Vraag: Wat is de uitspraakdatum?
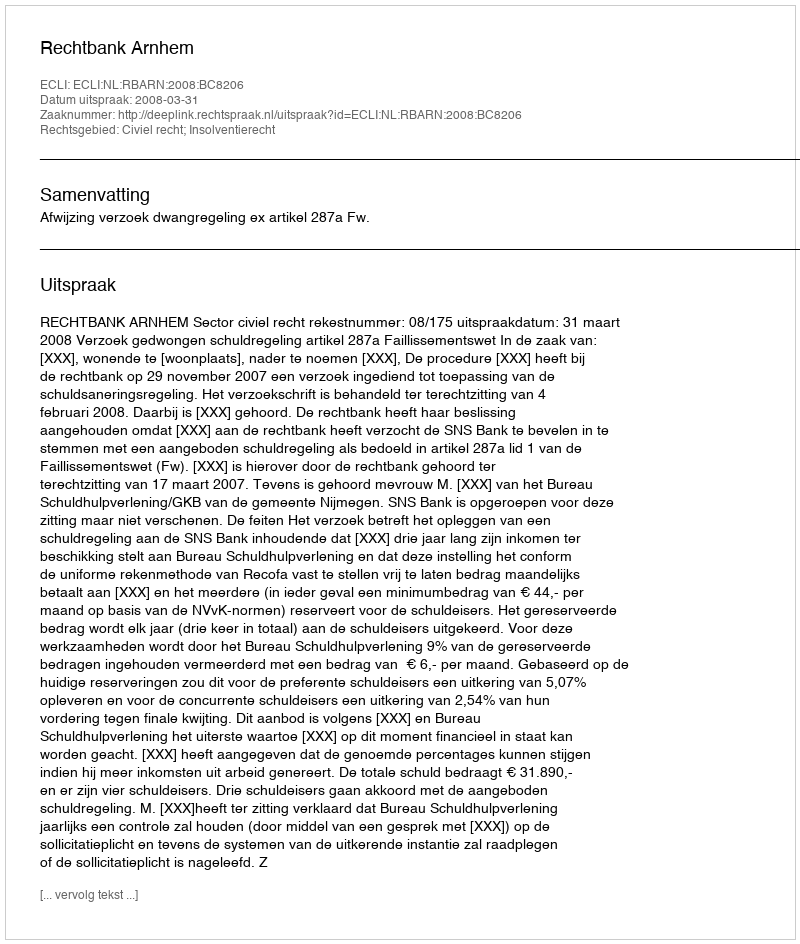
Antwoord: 2008-03-31